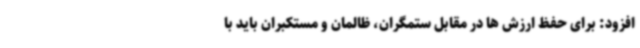
افزود: برای حفظ ارزش ها در مقابل ستمگران، ظالمان و مستکبران باید با